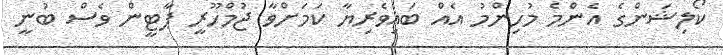
ކޯލިޝަންގެ އެންމެ މުހިންމު އެއް ބައިވެރިޔާ ކަމަށްވާ ޖުމްހޫރީ ޕާޓީން ވެސް ބުނީ